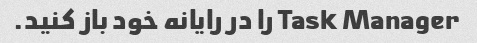
Task Manager را در رایانه خود باز کنید.